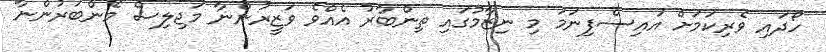
ހޯދައި ވެރިކަމަށް އައިސްފިނަމަ މި ނިޒާމުގައި ތިންބާރު އެއްވެ ވަޒީރުންނާ މަޖިލިސް މެންބަރުންނާ